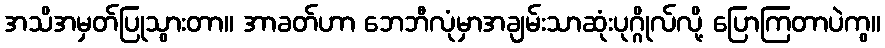
အသိအမှတ်ပြုသွားတာ။ အာခတ်ဟာ ဘေဘီလုံမှာအချမ်းသာဆုံးပုဂ္ဂိုလ်လို့ ပြောကြတာပဲကွ။